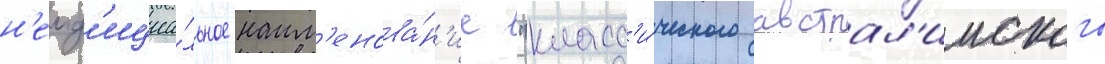
н'еоф'ициа́льное наим'енова́н'ие "класс'и́ческого австрал'ииского